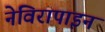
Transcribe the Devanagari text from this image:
नेविरापाइन